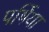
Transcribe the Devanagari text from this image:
पर्षिया